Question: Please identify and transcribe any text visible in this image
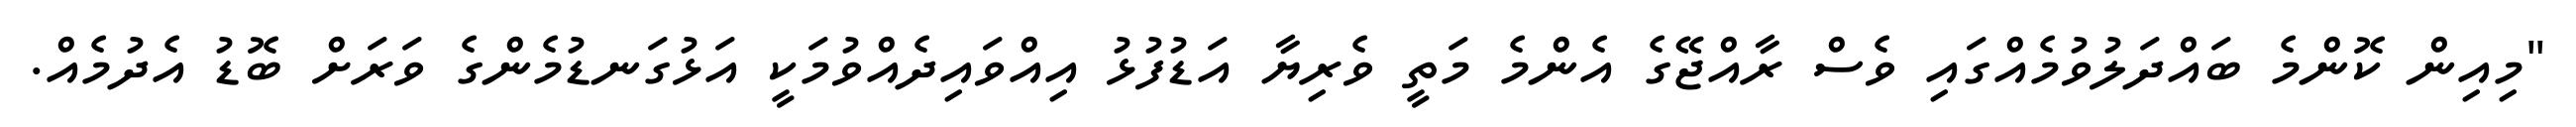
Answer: "މިއިން ކޮންމެ ބައްދަލުވުމެއްގައި ވެސް ރާއްޖޭގެ އެންމެ މަތީ ވެރިޔާ އަޑުފުޅު އިއްވައިދެއްވުމަކީ އަޅުގަނޑުމެންގެ ވަރަށް ބޮޑު އެދުމެއް.